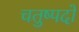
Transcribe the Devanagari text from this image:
चतुष्पदों